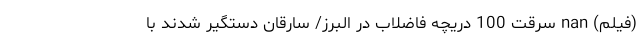
(فیلم) nan سرقت 100 دریچه‌ فاضلاب در البرز/ سارقان دستگیر شدند با